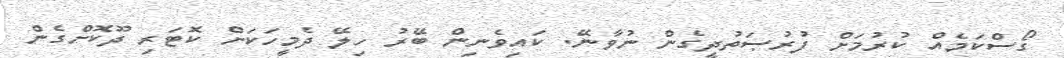
ގޯސްކަމެއް ކުރުމަށް ފުރުޞަތުދީގެން ނުވާނޭ. ކައިވެނިން ބޭރު ހިލޭ ދެމީހަކަށް ކޮޓަރި ދޫކޮށްގެން